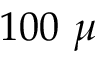
1 0 0 ~ \mu